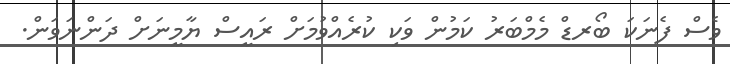
ވެސް ފެނަކަ ބޯރޑް މެމްބަރު ކަމުން ވަކި ކުރެއްވުމަށް ރައީސް ޔާމީނަށް ދަންނަވަން.